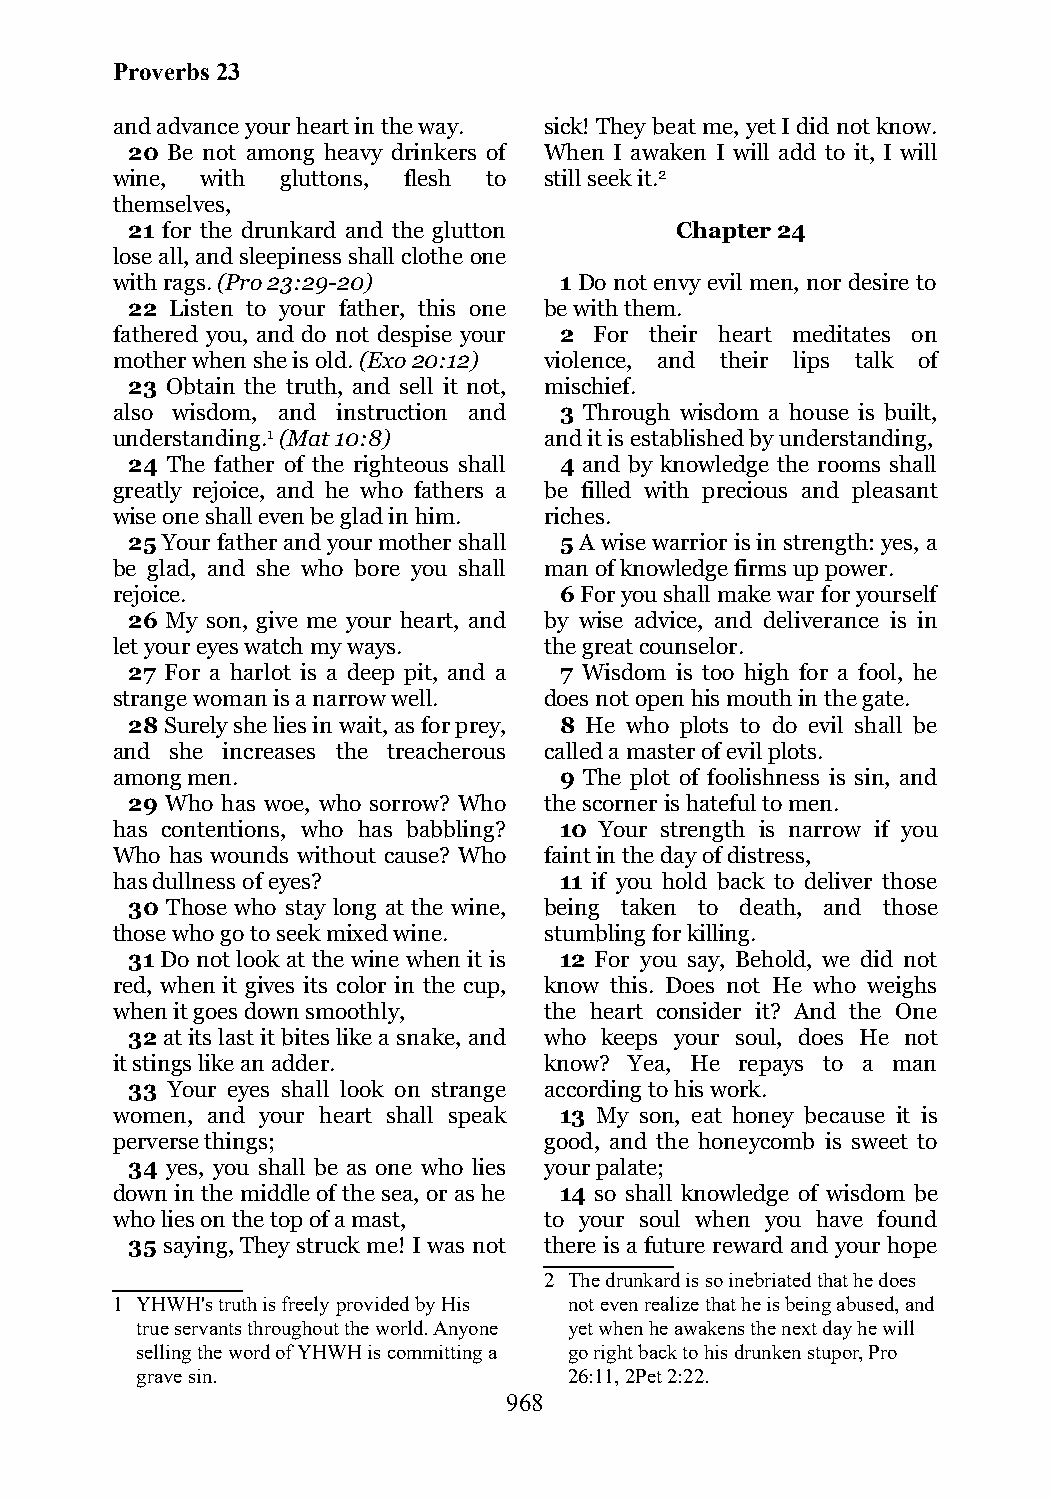
Proverbs 23
 and advance your heart in the way. sick! They beat me, yet I did not know.
 20 Be not among heavy drinkers of When I awaken I will add to it, I will
 wine, with  gluttons, flesh to still seek it.2
 themselves,
 21 for the drunkard and the glutton  Chapter 24
 lose all, and sleepiness shall clothe one
 with rags. (Pro 23:29-20)     1 Do not envy evil men, nor desire to
 22 Listen to your father, this one be with them.
 fathered you, and do not despise your 2 For their heart meditates on
 mother when she is old. (Exo 20:12) violence, and their lips talk of
 23 Obtain the truth, and sell it not, mischief.
 also wisdom, and instruction and 3 Through wisdom a house is built,
 understanding.1 (Mat 10:8)   and it is established by understanding,
 24 The father of the righteous shall 4 and by knowledge the rooms shall
 greatly rejoice, and he who fathers a be filled with precious and pleasant
 wise one shall even be glad in him. riches.
 25 Your father and your mother shall 5 A wise warrior is in strength: yes, a
 be glad, and she who bore you shall man of knowledge firms up power.
 rejoice.                      6 For you shall make war for yourself
 26 My son, give me your heart, and by wise advice, and deliverance is in
 let your eyes watch my ways. the great counselor.
 27 For a harlot is a deep pit, and a 7 Wisdom is too high for a fool, he
 strange woman is a narrow well. does not open his mouth in the gate.
 28 Surely she lies in wait, as for prey, 8 He who plots to do evil shall be
 and she increases the treacherous called a master of evil plots.
 among men.                    9 The plot of foolishness is sin, and
 29 Who has woe, who sorrow? Who the scorner is hateful to men.
 has contentions, who has babbling? 10 Your strength is narrow if you
 Who has wounds without cause? Who faint in the day of distress,
 has dullness of eyes?         11 if you hold back to deliver those
 30 Those who stay long at the wine, being taken to death, and those
 those who go to seek mixed wine. stumbling for killing.
 31 Do not look at the wine when it is 12 For you say, Behold, we did not
 red, when it gives its color in the cup, know this. Does not He who weighs
 when it goes down smoothly,  the heart consider it? And the One
 32 at its last it bites like a snake, and who keeps your soul, does He not
 it stings like an adder.     know? Yea, He repays to a man
 33 Your eyes shall look on strange according to his work.
 women, and your heart shall speak 13 My son, eat honey because it is
 perverse things;             good, and the honeycomb is sweet to
 34 yes, you shall be as one who lies your palate;
 down in the middle of the sea, or as he 14 so shall knowledge of wisdom be
 who lies on the top of a mast, to your soul when you have found
 35 saying, They struck me! I was not there is a future reward and your hope
 2 The drunkard is so inebriated that he does
 1 YHWH's truth is freely provided by His not even realize that he is being abused, and
 true servants throughout the world. Anyone yet when he awakens the next day he will
 selling the word of YHWH is committing a go right back to his drunken stupor, Pro
 grave sin.                   26:11, 2Pet 2:22.
 968